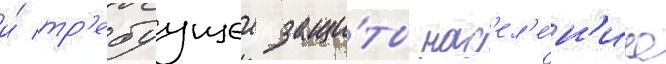
и́ тр'ебуущеи защи́ты нас'ел'е́н'иа